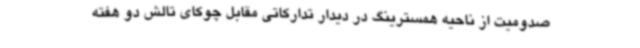
صدومیت از ناحیه همسترینگ در دیدار تدارکاتی مقابل چوکای تالش دو هفته